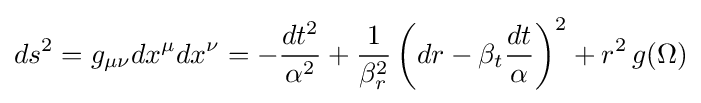
ds^{2}=g_{\mu \nu }dx^{\mu }dx^{\nu }=-{\frac {dt^{2}}{\alpha ^{2}}}+{\frac {1}{\beta _{r}^{2}}}\left(dr-\beta _{t}{\frac {dt}{\alpha }}\right)^{2}+r^{2}\,g(\Omega )